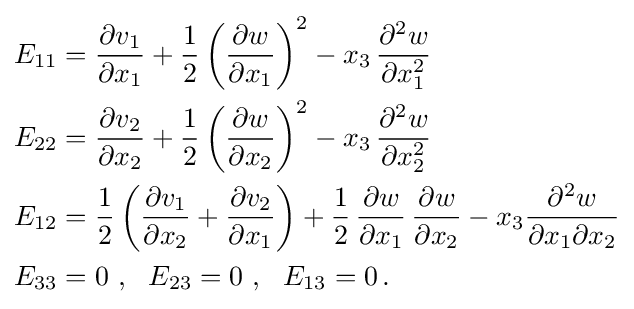
{\begin{aligned}E_{11}&={\frac {\partial v_{1}}{\partial x_{1}}}+{\frac {1}{2}}\left({\frac {\partial w}{\partial x_{1}}}\right)^{2}-x_{3}\,{\frac {\partial ^{2}w}{\partial x_{1}^{2}}}\\E_{22}&={\frac {\partial v_{2}}{\partial x_{2}}}+{\frac {1}{2}}\left({\frac {\partial w}{\partial x_{2}}}\right)^{2}-x_{3}\,{\frac {\partial ^{2}w}{\partial x_{2}^{2}}}\\E_{12}&={\frac {1}{2}}\left({\frac {\partial v_{1}}{\partial x_{2}}}+{\frac {\partial v_{2}}{\partial x_{1}}}\right)+{\frac {1}{2}}\,{\frac {\partial w}{\partial x_{1}}}\,{\frac {\partial w}{\partial x_{2}}}-x_{3}{\frac {\partial ^{2}w}{\partial x_{1}\partial x_{2}}}\\E_{33}&=0~,~~E_{23}=0~,~~E_{13}=0\,.\end{aligned}}